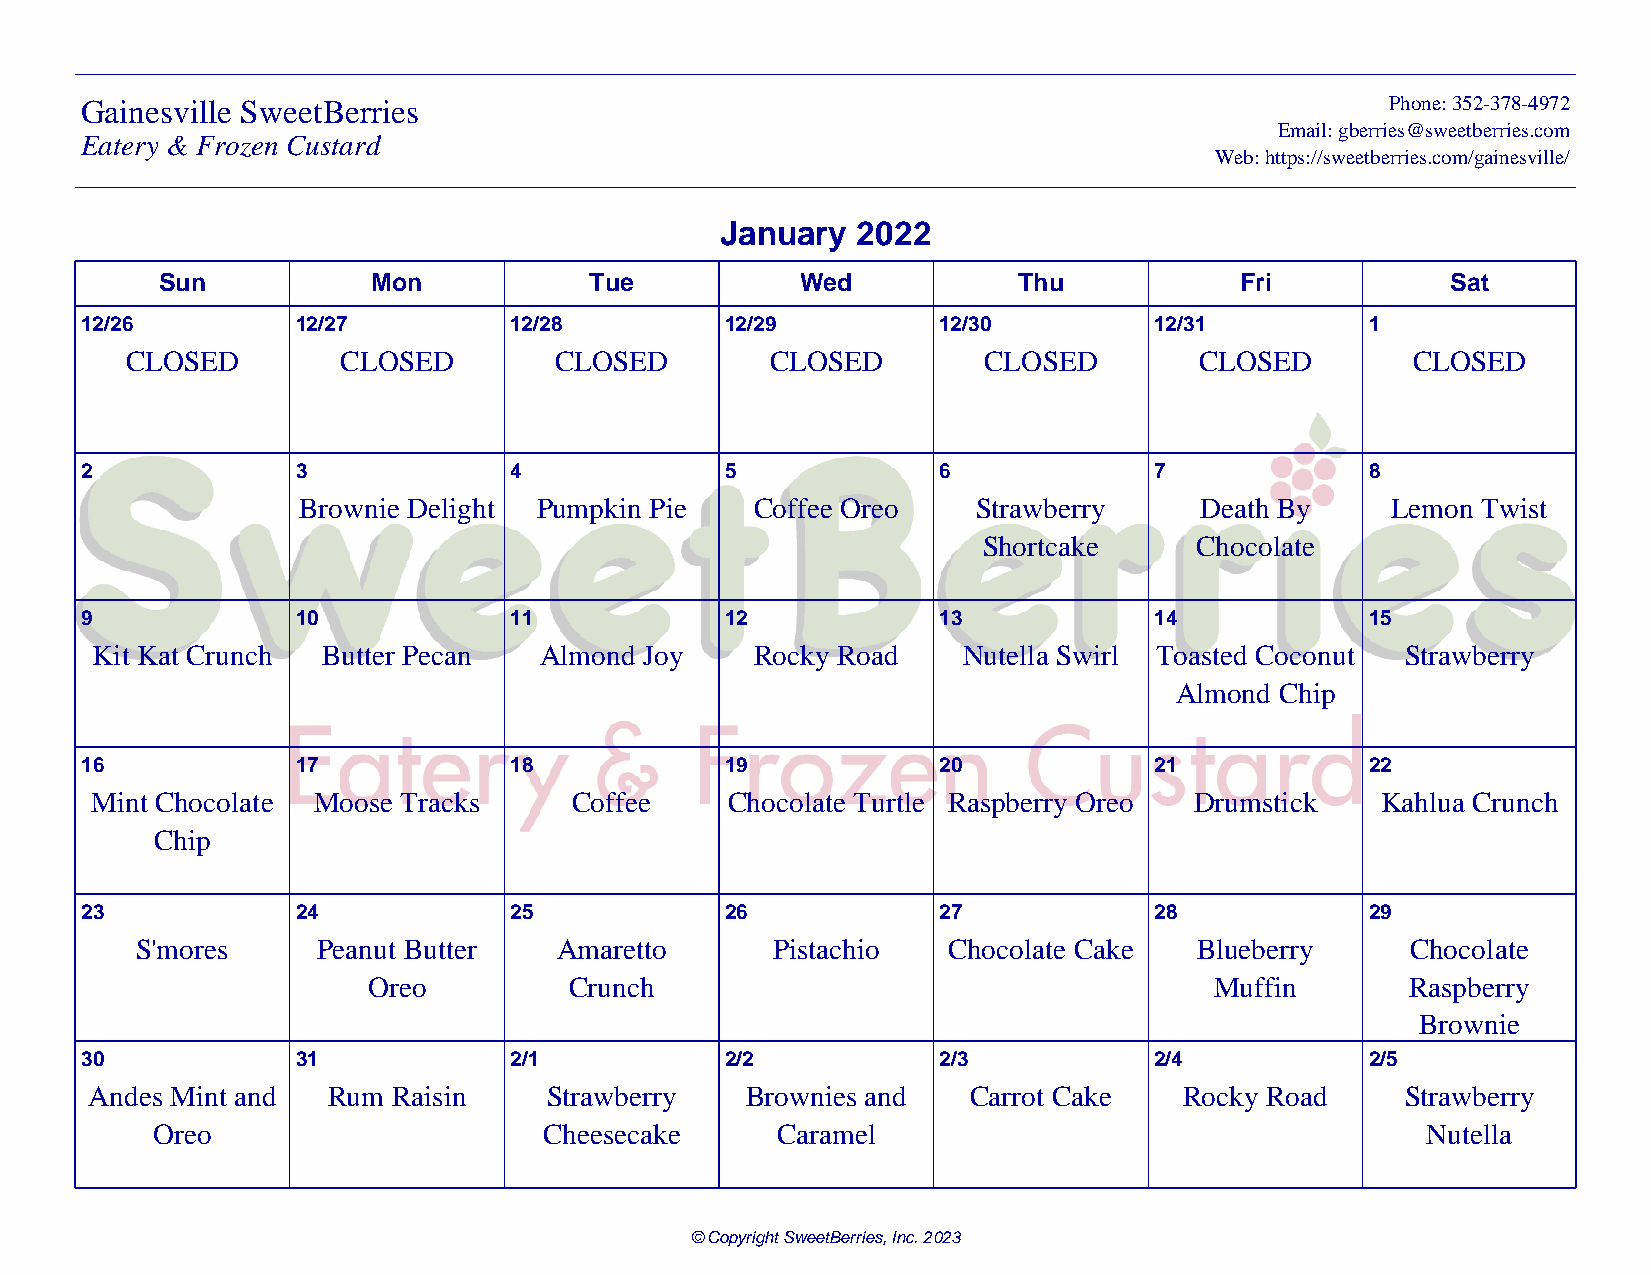
Gainesville SweetBerries                                                               Phone: 352-378-4972
 Email: gberries@sweetberries.com
 Eatery & Frozen Custard
 Web: https://sweetberries.com/gainesville/
 January  2022
 Sun           Mon           Tue           Wed           Thu            Fri           Sat
 12/26          12/27         12/28         12/29         12/30         12/31          1
 CLOSED         CLOSED        CLOSED        CLOSED        CLOSED        CLOSED        CLOSED
 2              3             4             5             6             7              8
 Brownie Delight Pumpkin Pie   Coffee Oreo    Strawberry    Death By     Lemon Twist
 Shortcake     Chocolate
 9              10            11            12            13            14             15
 Kit Kat Crunch Butter Pecan   Almond Joy    Rocky Road    Nutella Swirl Toasted Coconut Strawberry
 Almond Chip
 16             17            18            19            20            21             22
 Mint Chocolate Moose Tracks     Coffee    Chocolate Turtle Raspberry Oreo Drumstick  Kahlua Crunch
 Chip
 23             24            25            26            27            28             29
 S'mores     Peanut Butter   Amaretto      Pistachio   Chocolate Cake  Blueberry     Chocolate
 Oreo          Crunch                                    Muffin       Raspberry
 Brownie
 30             31            2/1           2/2           2/3           2/4            2/5
 Andes Mint and  Rum Raisin    Strawberry   Brownies and   Carrot Cake   Rocky Road     Strawberry
 Oreo                      Cheesecake     Caramel                                    Nutella
 © Copyright SweetBerries, Inc. 2023